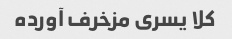
کلا یسری مزخرف آورده